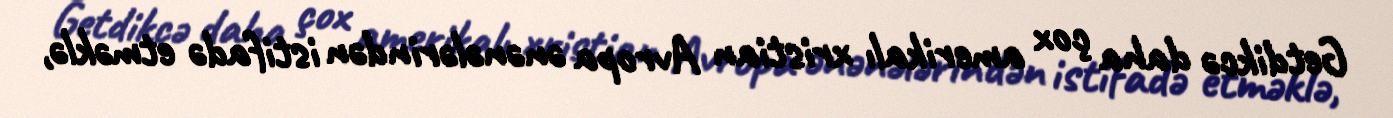
Getdikcə daha çox amerikalı xristian Avropa ənənələrindən istifadə etməklə,